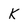
Character: K